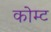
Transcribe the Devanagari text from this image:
कोम्ट